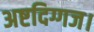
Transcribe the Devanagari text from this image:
अष्टदिग्गज।